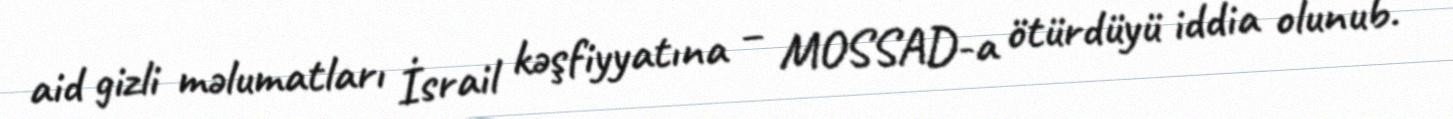
aid gizli məlumatları İsrail kəşfiyyatına – MOSSAD-a ötürdüyü iddia olunub.